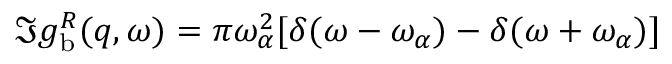
\Im { g _ { \mathrm { b } } ^ { R } ( q , \omega ) } = \pi \omega _ { \alpha } ^ { 2 } [ \delta ( \omega - \omega _ { \alpha } ) - \delta ( \omega + \omega _ { \alpha } ) ]